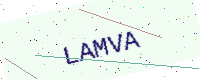
Text: LAMVA